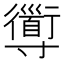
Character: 𡭑